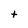
Character: t